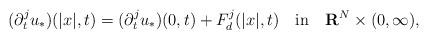
LaTeX: \begin{align*}(\partial_t^ju_*)(|x|,t)=(\partial_t^ju_*)(0,t)+F_d^j(|x|,t)\quad\mbox{in}\quad{\bf R}^N\times(0,\infty),\end{align*}